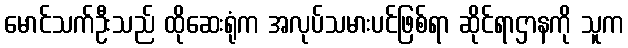
မောင်သက်ဦးသည် ထိုဆေးရုံက အလုပ်သမားပင်ဖြစ်ရာ ဆိုင်ရာဌာနကို သူက